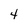
Character: 4